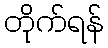
တိုက်ရန်